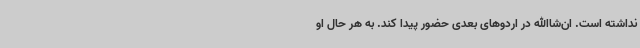
نداشته است. ان‌شاالله در اردوهای بعدی حضور پیدا کند. به هر حال او